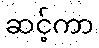
ဆင့်ကာ